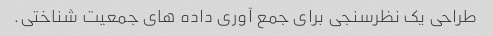
طراحی یک نظرسنجی برای جمع آوری داده های جمعیت شناختی.